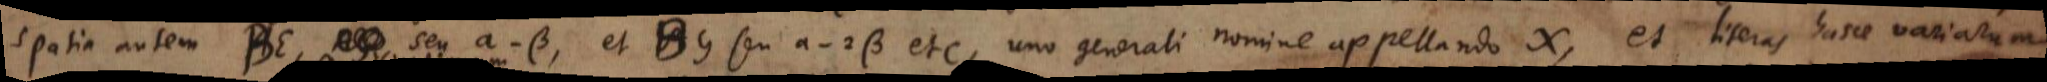
spatia autem BE, seu a - β, et BG seu a - 2β, etc., uno generali nomine appellando x, et literas hasce variarum